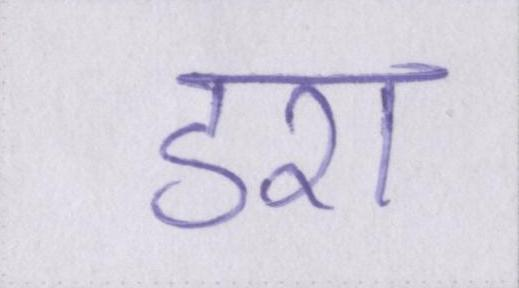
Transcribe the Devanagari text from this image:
डरा